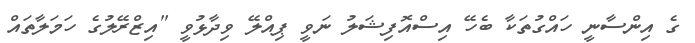
ގެ އިންސާނީ ހައްގުތަކާ ބެހޭ އިސްއޮފިޝަލު ނަވީ ޕިއްލޭ ވިދާޅުވީ "އިޒްރޭލުގެ ހަމަލާތައް